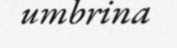
umbrina